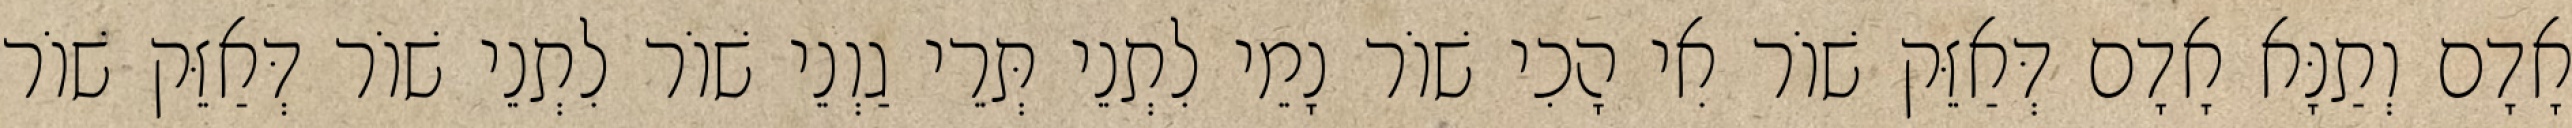
אָדָם וְתַנָּא אָדָם דְּאַזֵּק שׁוֹר אִי הָכִי שׁוֹר נָמֵי לִתְנֵי תְּרֵי גַוְנֵי שׁוֹר לִתְנֵי שׁוֹר דְּאַזֵּק שׁוֹר